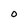
Character: 0